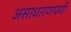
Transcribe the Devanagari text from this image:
असाधारणपणे